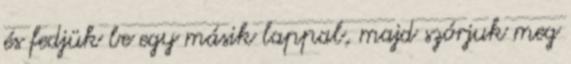
és fedjük be egy másik lappal, majd szórjuk meg